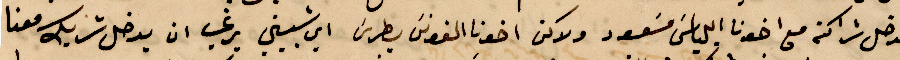
ندخل شراطة مع اخونا ايلياس مسعود ولاكن اخونا الفونس بطرس أي شبيني يرغب ان يدخل شريك معنا